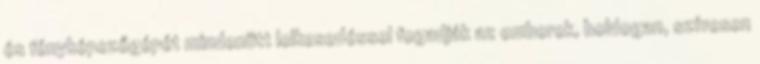
és fényképezőgépét mindenütt lelkesedéssel fogadják az emberek, boldogan, szívesen